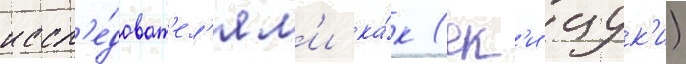
иссл'е́доват'ел'ям'и ка́к (ек'и цук'и)